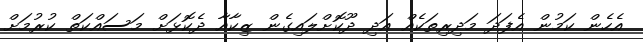
އެހެން ކަމުން އެފަދަ މަދިރިތަކެއް އަދި ދޫކޮށްލައިގެން ޒިކާއާ ދެކޮޅަށް މަސައްކަތް ކުރުމަށް